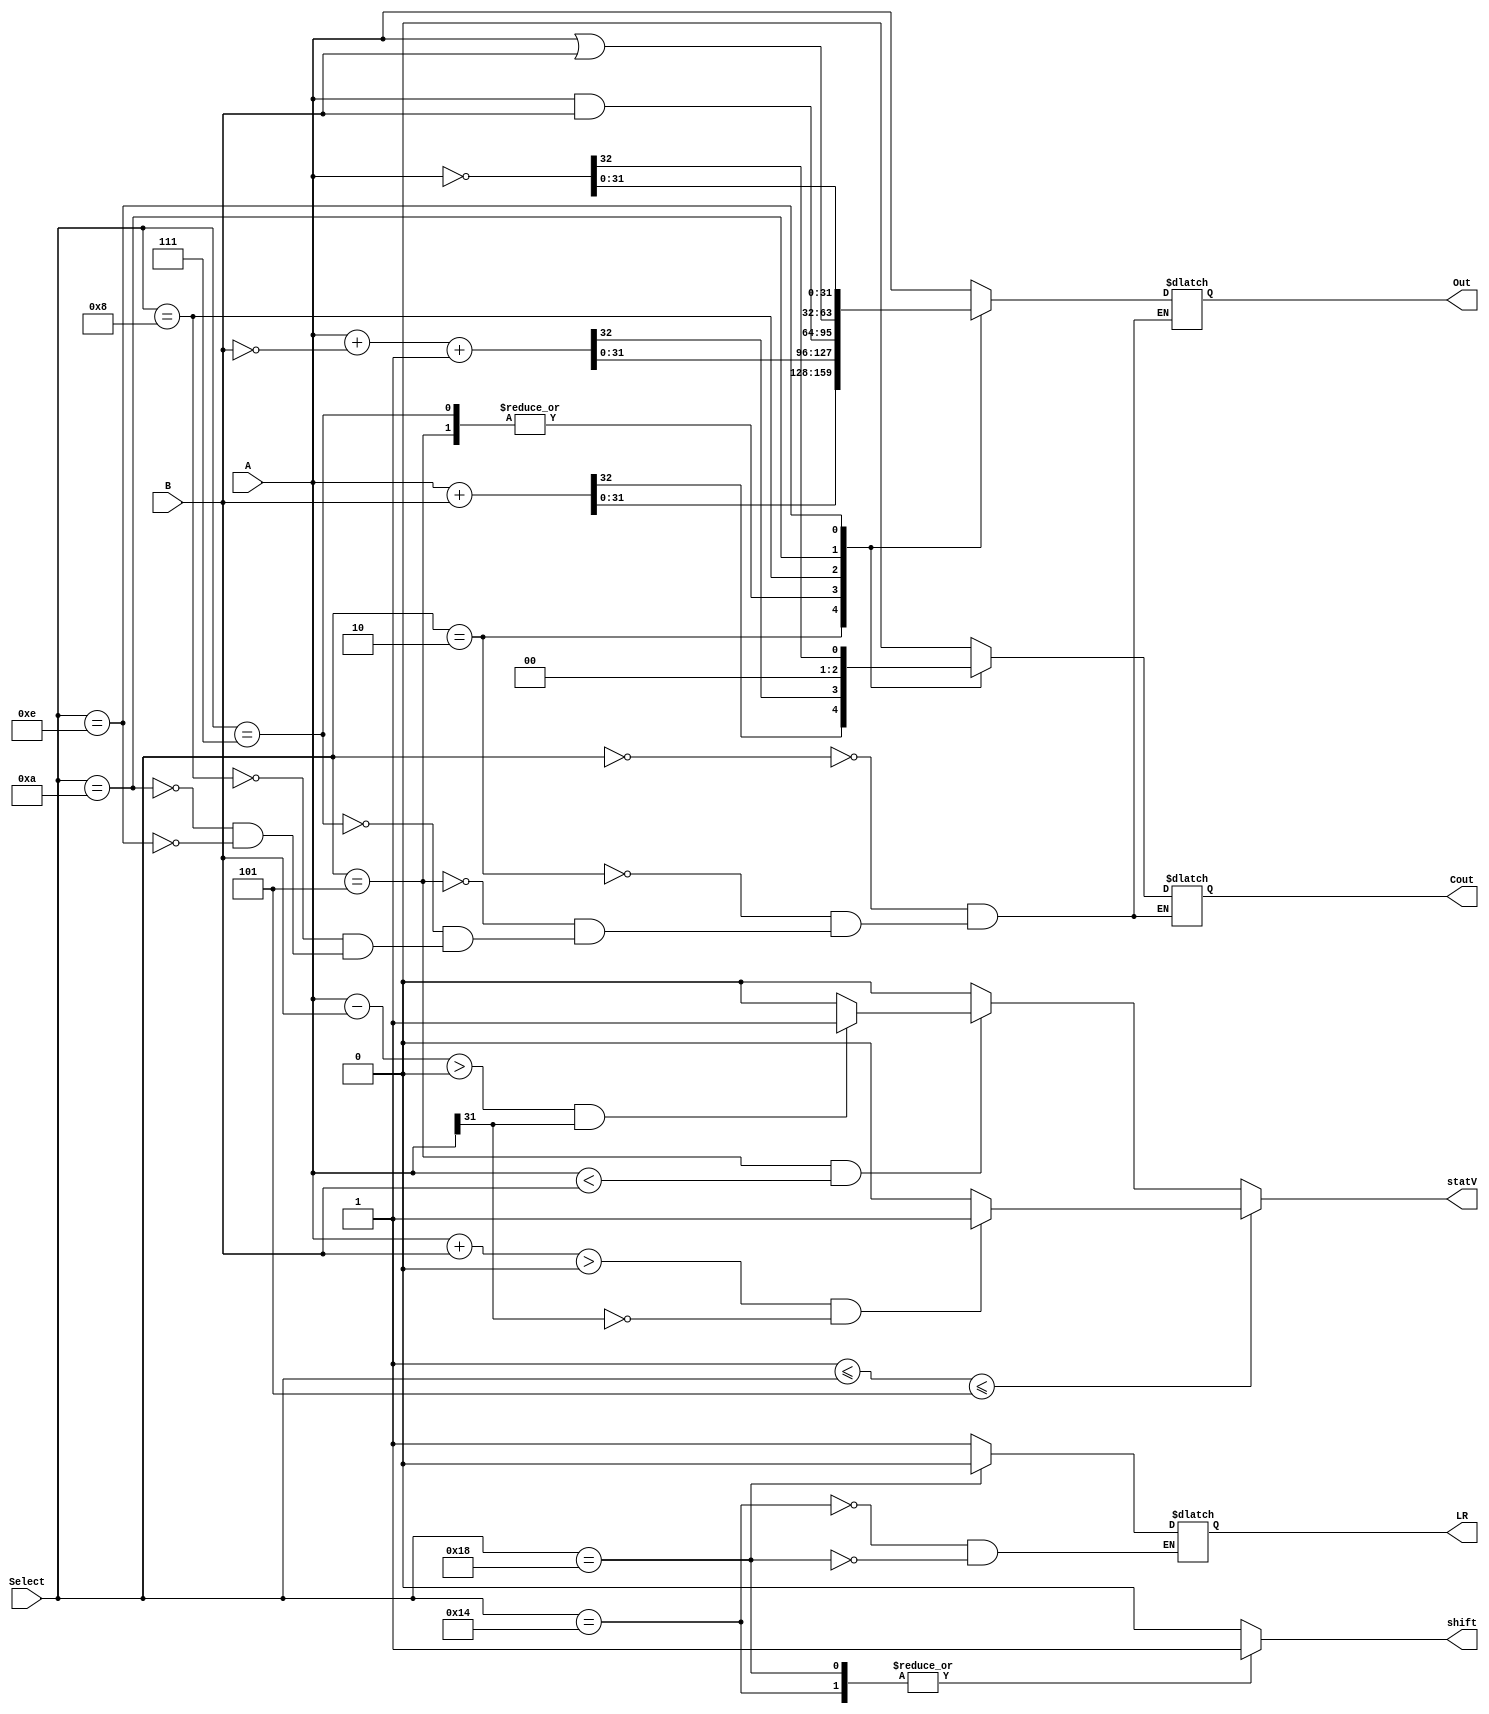
module ALU(
    input [4:0] Select,
    input [BITS-1:0] A,
    input [BITS-1:0] B,
    output wire [BITS-1:0] Out,
	 output wire statV,
    output wire Cout,
	 output reg shift, // do a shift op?
	 output reg LR
    );
	 
	 parameter BITS = 32;
	 
	 reg [BITS-1:0] Cout_;
	 reg [BITS-1:0] Out_; // Out is 1 bit wider for COut
	 reg statV_;
	 
	 initial begin
		Cout_ 	= 	0;
		Out_ 		= 	0;
		statV_	=	0;
		shift=0;
		LR=0;
	 end
	 
	 assign Out = Out_;
	 assign Cout= Cout_;
	 assign statV=statV_;
	 
	 //assign Out = ? ({{Sel},{Cin}} == 0) ? A :
	 
	 always @(*) begin
		shift=0;
		case(Select)
			5'b00000: 	{{Cout_}, {Out_}} = A;			// Transfer A
			5'b00010: 	{{Cout_}, {Out_}} = A+B;		// A+B
			5'b00101: 	{{Cout_}, {Out_}} = A+~B+1;	// Subtraction
			5'b00111: 	{{Cout_}, {Out_}} = A+~B+1;	// Subtraction
			5'b01000: 	{{Cout_}, {Out_}} = A&B;		// AND
			5'b01010: 	{{Cout_}, {Out_}} = A|B;		// OR
			5'b01110: 	{{Cout_}, {Out_}} = ~A;			// NOT A
			5'b10100:	begin shift=1; LR=1; end			// Shift Left
			5'b11000:	begin shift=1; LR=0; end			// Shift Right
		endcase
		
		// Test for overflow
		//
		// A-B = negative  OR  A+B >= 65536
		// Neg-Neg = positive 
		// Neg-Pos = positive
		// Pos+Pos = negative
		// Pos+Neg = negative
		
		// Addition Cases
		if(1 <= Select <= 4'b0101) begin
			if(((A+B) > 1<<BITS) && A[BITS-1] == 0) begin // Test Pos+Neg=Neg
				// true ... positively Guilty!
				statV_ = 1;
			end else statV_ = 0;
		end else if(Select == 4'b0101 && A<B) begin
			if((A-B)>0 && A[BITS-1] == 1) begin
				// True ... Guilty!
				statV_ = 1;
			end else statV_ = 0;
		end else statV_ = 0;
	 end
endmodule